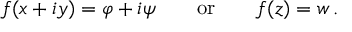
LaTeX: f ( x + i y ) = \varphi + i \psi \qquad { \mathrm { o r } } \qquad f ( z ) = w \, .